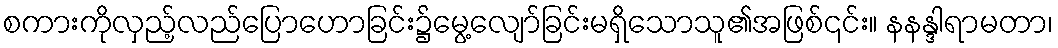
စကားကိုလှည့်လည်ပြောဟောခြင်း၌မွေ့လျော်ခြင်းမရှိသောသူ၏အဖြစ်၎င်း။ နနန္ဒါရာမတာ၊